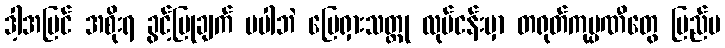
ဒါ့အပြင် အစိုးရ ခွင့်ပြုချက် မပါဘဲ မြေရှားသတ္တု လုပ်ငန်းမှာ တရုတ်ကုမ္ပဏီတွေ ပြည်ပ